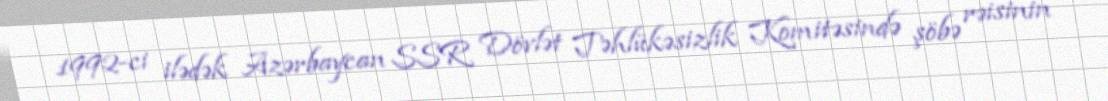
1992-ci ilədək Azərbaycan SSR Dövlət Təhlükəsizlik Komitəsində şöbə rəisinin